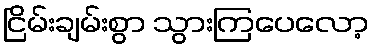
ငြိမ်းချမ်းစွာ သွားကြပေလော့